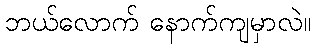
ဘယ်လောက် နောက်ကျမှာလဲ။